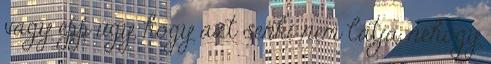
vagy épp úgy, hogy azt senki nem látja, nehogy